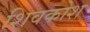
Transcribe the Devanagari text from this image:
शिवकोश